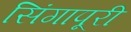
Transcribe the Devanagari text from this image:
सिंगापूरी